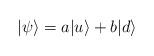
LaTeX: \begin{align*}|\psi\rangle = a |u\rangle + b |d\rangle\end{align*}